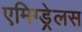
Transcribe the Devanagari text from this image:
एमिग्ड्रेलस